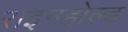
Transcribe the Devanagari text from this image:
राइनहोल्ड